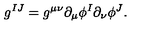
g ^ { I J } = g ^ { \mu \nu } \partial _ { \mu } \phi ^ { I } \partial _ { \nu } \phi ^ { J } .